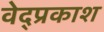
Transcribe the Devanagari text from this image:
वेद्प्रकाश